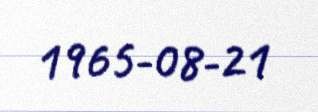
1965-08-21